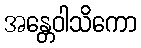
အန္တေဝါသိကော